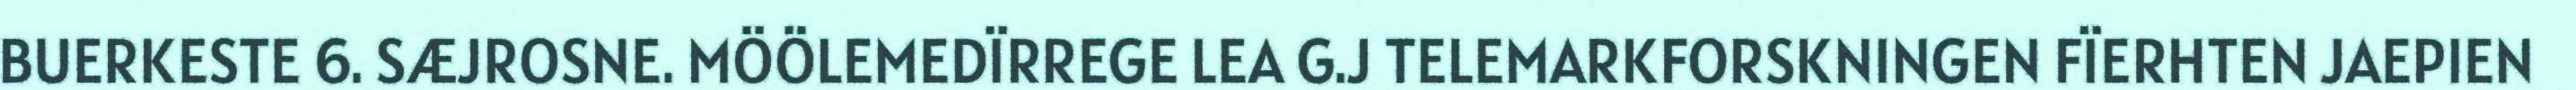
BUERKESTE 6. SÆJROSNE. MÖÖLEMEDÏRREGE LEA G.J TELEMARKFORSKNINGEN FÏERHTEN JAEPIEN